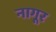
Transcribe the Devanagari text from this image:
नागूर